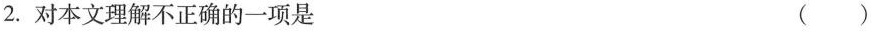
2.对本文理解不正确的一项是 ( )